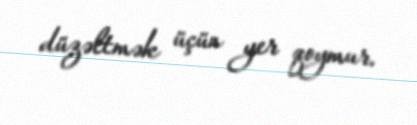
düzəltmək üçün yer qoymur.